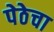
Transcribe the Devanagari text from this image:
पेठेचा